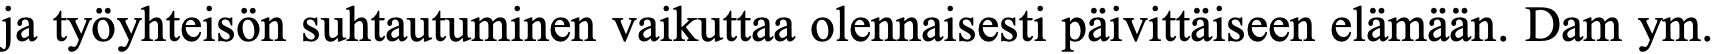
ja työyhteisön suhtautuminen vaikuttaa olennaisesti päivittäiseen elämään. Dam ym.